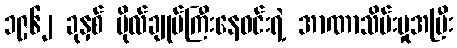
၁၉၆၂ ခုနှစ် ဗိုလ်ချုပ်ကြီးနေဝင်းရဲ့ အာဏာသိမ်းမှုအပြီး